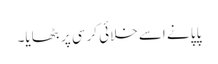
پاپا نے اسے خلائی کرسی پر بٹھایا۔